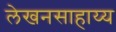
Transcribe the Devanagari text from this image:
लेखनसाहाय्य